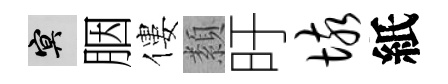
冥胭僂纇旴垓紙